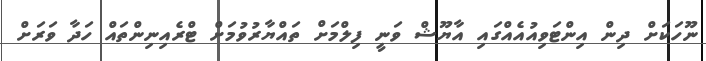
ނޫހަކަށް ދިން އިންޓަވިއުއެއްގައި އާޔޫޝް ވަނީ ފިލްމަށް ތައްޔާރުވުމަށް ޓްރެއިނިންތައް ހަދާ ވަރަށް